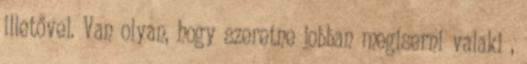
illetővel. Van olyan, hogy szeretne jobban megiserni valaki ,